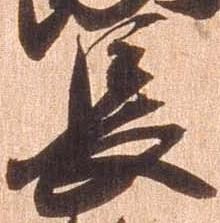
長